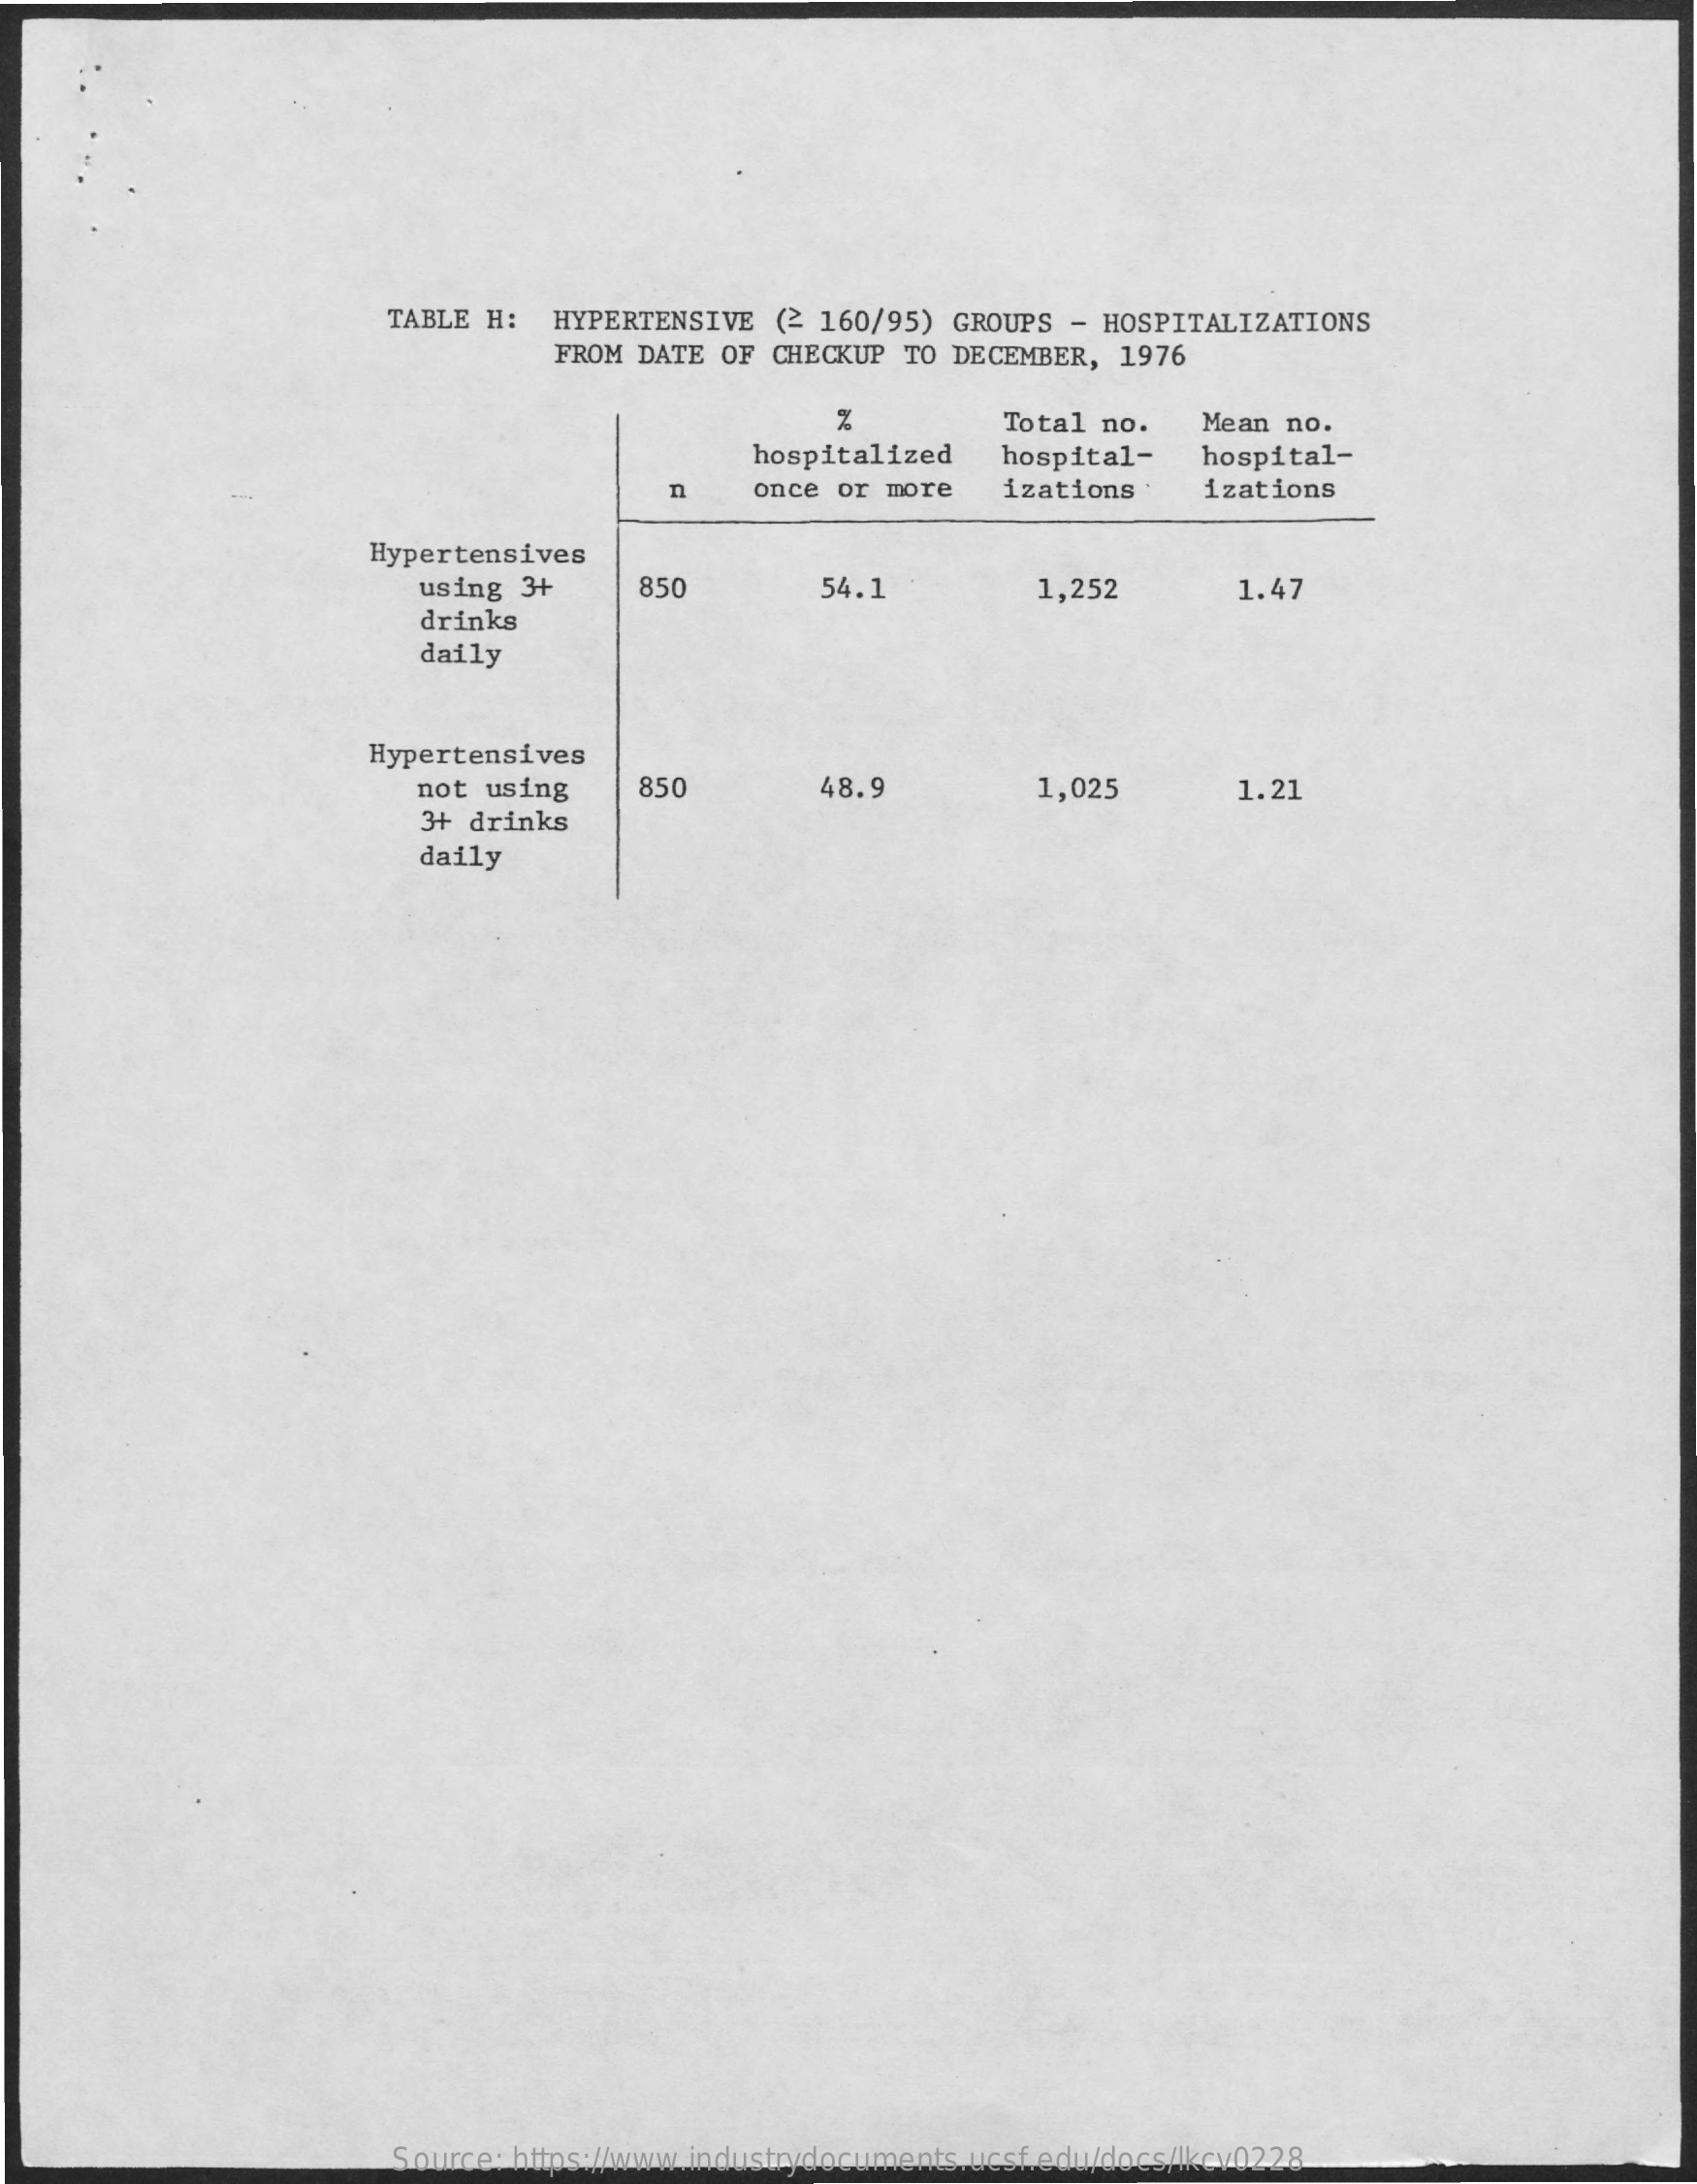
TABLE  H:  HYPERTENSIVE  (2 160/95)  GROUPS  - HOSPITALIZATIONS
     FROM DATE  OF CHECKUP  TO DECEMBER,  1976
     Total no.    Mean no.
     hospitalized    hospital-    hospital-
     n    once or more    izations    izations
     Hypertensives
     using  3+    850    54.1    1,252    1.47
     drinks
     daily
     Hypertensives
     not  using    850    48.9    1,025
     3+ drinks
     1.21
     daily
     Source: https://www.industrydocuments.ucsf.edu/docs/lkcv0228